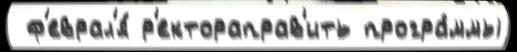
 ф'еврал'я́ р'ектораправ'ить програ́ммы